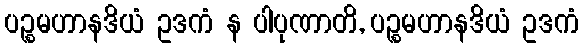
ပဉ္စမဟာနဒိယံ ဥဒကံ န ပါပုဏာတိ, ပဉ္စမဟာနဒိယံ ဥဒကံ